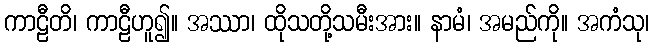
ကာဠီတိ၊ ကာဠီဟူ၍။ အဿာ၊ ထိုသတို့သမီးအား။ နာမံ၊ အမည်ကို။ အကံသု၊